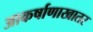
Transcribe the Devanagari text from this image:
आकर्षाणाखातर